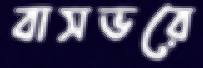
বাসভরে